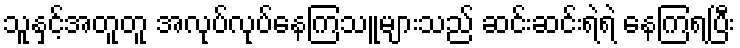
သူနှင့်အတူတူ အလုပ်လုပ်နေကြသူများသည် ဆင်းဆင်းရဲရဲ နေကြရပြီး